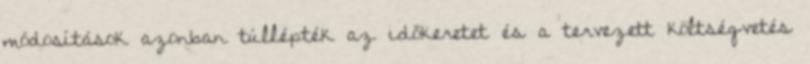
módosítások azonban túllépték az időkeretet és a tervezett költségvetés